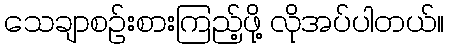
သေချာစဉ်းစားကြည့်ဖို့ လိုအပ်ပါတယ်။